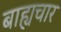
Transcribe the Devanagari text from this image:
बाह्यचार